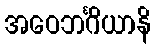
အဝေဘင်္ဂိယာနိ